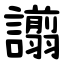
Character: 譾